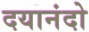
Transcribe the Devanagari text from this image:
दयानंदो